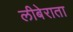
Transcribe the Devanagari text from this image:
लीबेराता